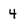
Character: 4